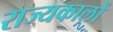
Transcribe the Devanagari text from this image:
राज्यकालों